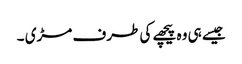
جیسے ہی وہ پیچھے کی طرف مڑی ۔